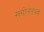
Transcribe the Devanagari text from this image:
खगोलतज्ज्ञ